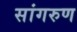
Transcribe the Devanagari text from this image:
सांगरुण